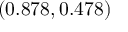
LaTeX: ( 0 . 8 7 8 , 0 . 4 7 8 )